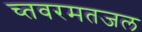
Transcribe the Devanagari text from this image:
च्तवरमतजल